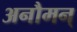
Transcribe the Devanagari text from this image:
अनौमन्